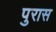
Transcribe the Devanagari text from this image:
पुरास